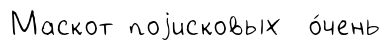
Маскот поjисковых о́чень